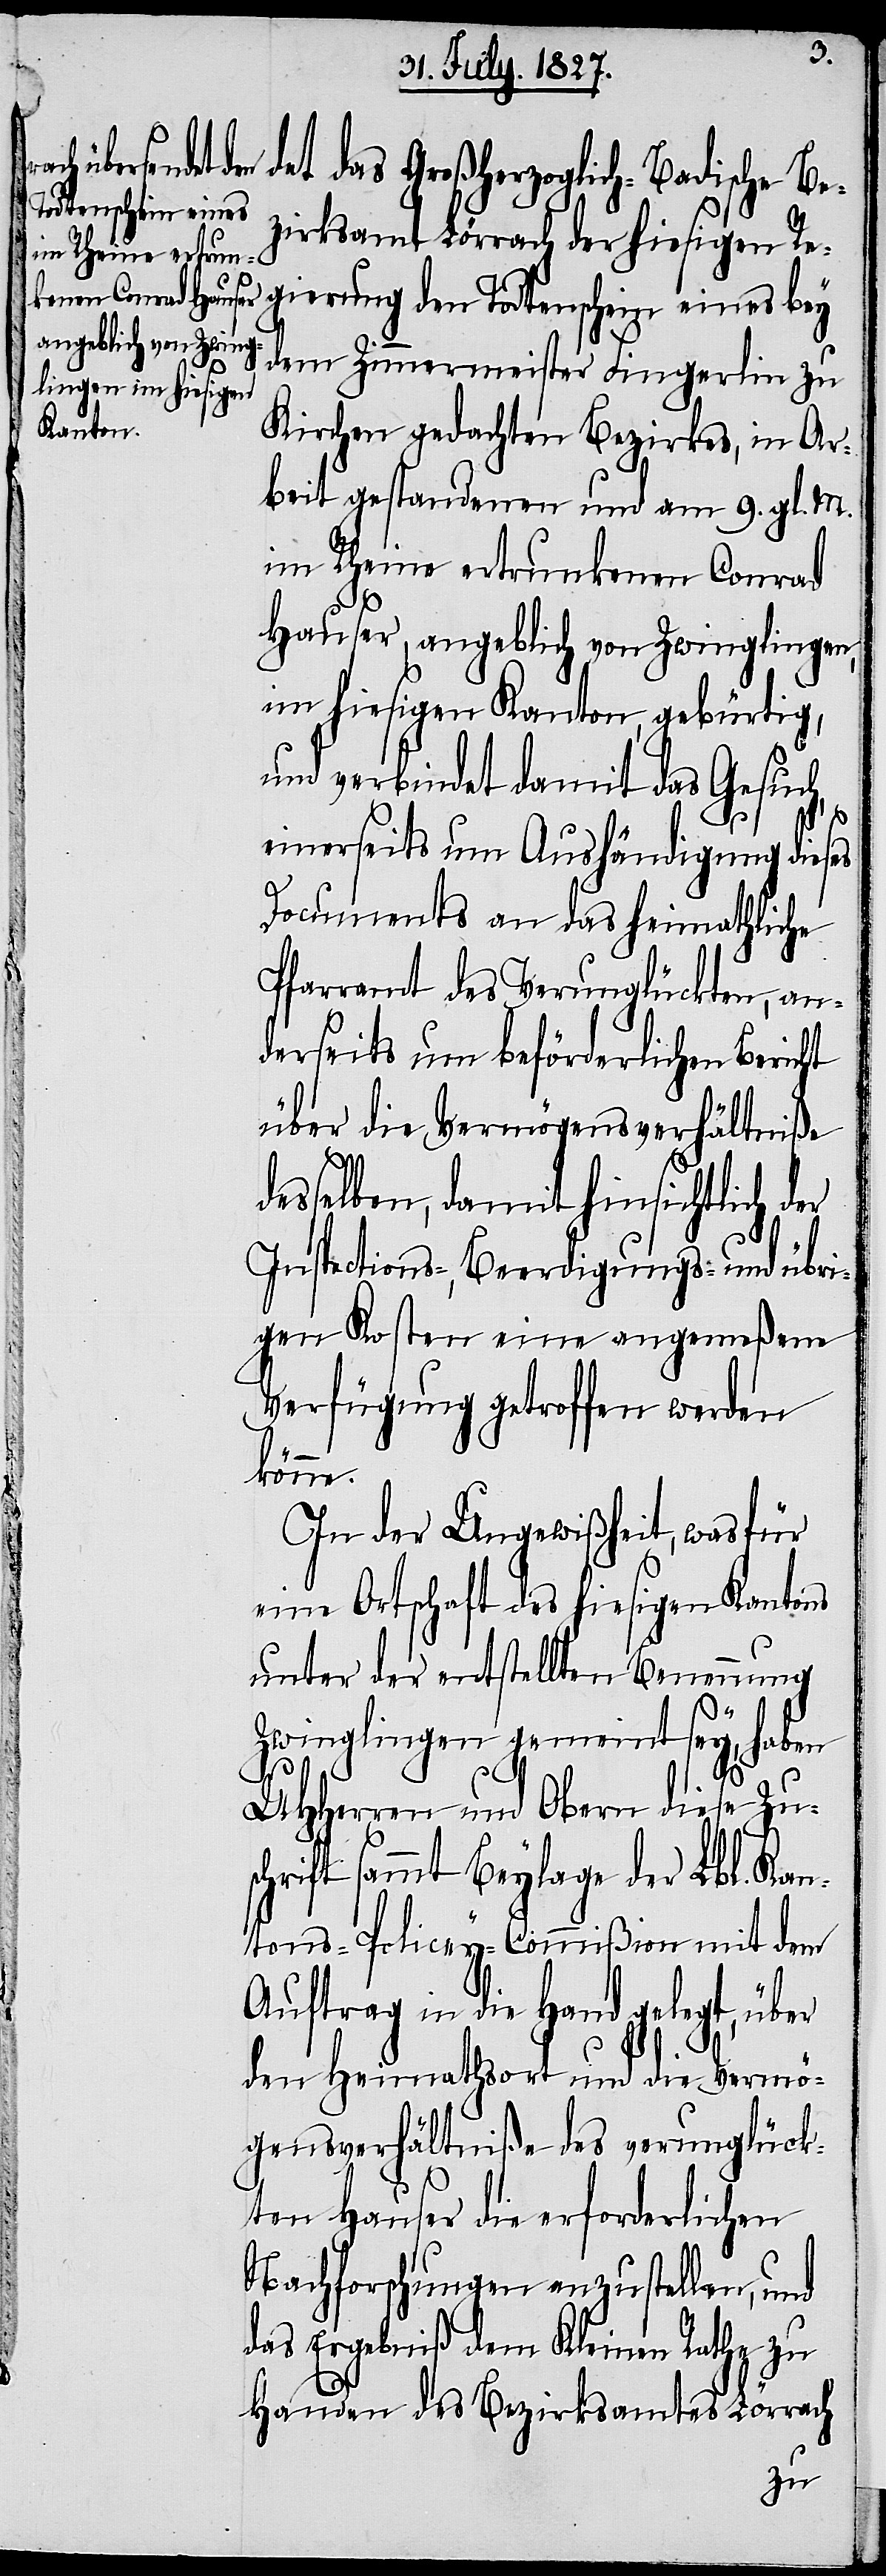
det das Großherzoglich-Badische Be¬
zirksamt Lörrach der hiesigen Re¬
gierung den Todtenschein eines bey
dem Zimmermeister Fingerlin zu
Kirchen gedachten Bezirkes, in Ar¬
beit gestandenen und am 9. gl. M.
im Rheine ertrunkenen Conrad
Hauser, angeblich von Zwinglingen,
im hiesigen Kanton, gebürtig,
und verbindet damit das Gesuch,
einerseits um Aushändigung dieses
Documents an das heimathliche
Pfarramt des Verunglückten, an¬
derseits um beförderlichen Bericht
über die Vermögensverhältniße
desselben, damit hinsichtlich der
Inspections-, Beerdigungs- und übri¬
gen Kosten eine angemeßene
Verfügung getroffen werden
könne.
In der Ungewißheit, was für
eine Ortschaft des hiesigen Kantons
unter der entstellten Benennung
Zwinglingen gemeint sey, haben
UHHerren und Obern diese Zus¬
chrift sammt Beylage der Lbl. Kan¬
tons-Policey-Commißion mit dem
Auftrag in die Hand gelegt, über
den Heimathsort und die Vermö¬
gensverhältniße des verunglück¬
ten Hauser die erforderlichen
Nachforschungen anzustellen, und
das Ergebniß dem Kleinen Rathe zu
Handen des Bezirksamtes Lörrach